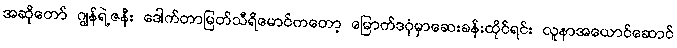
အဆိုတော် ဂျွန်ရဲ့ဇနီး ဒေါက်တာမြတ်သီရိမောင်ကတော့ မြောက်ဒဂုံမှာဆေးခန်းထိုင်ရင်း လူနာအယောင်ဆောင်